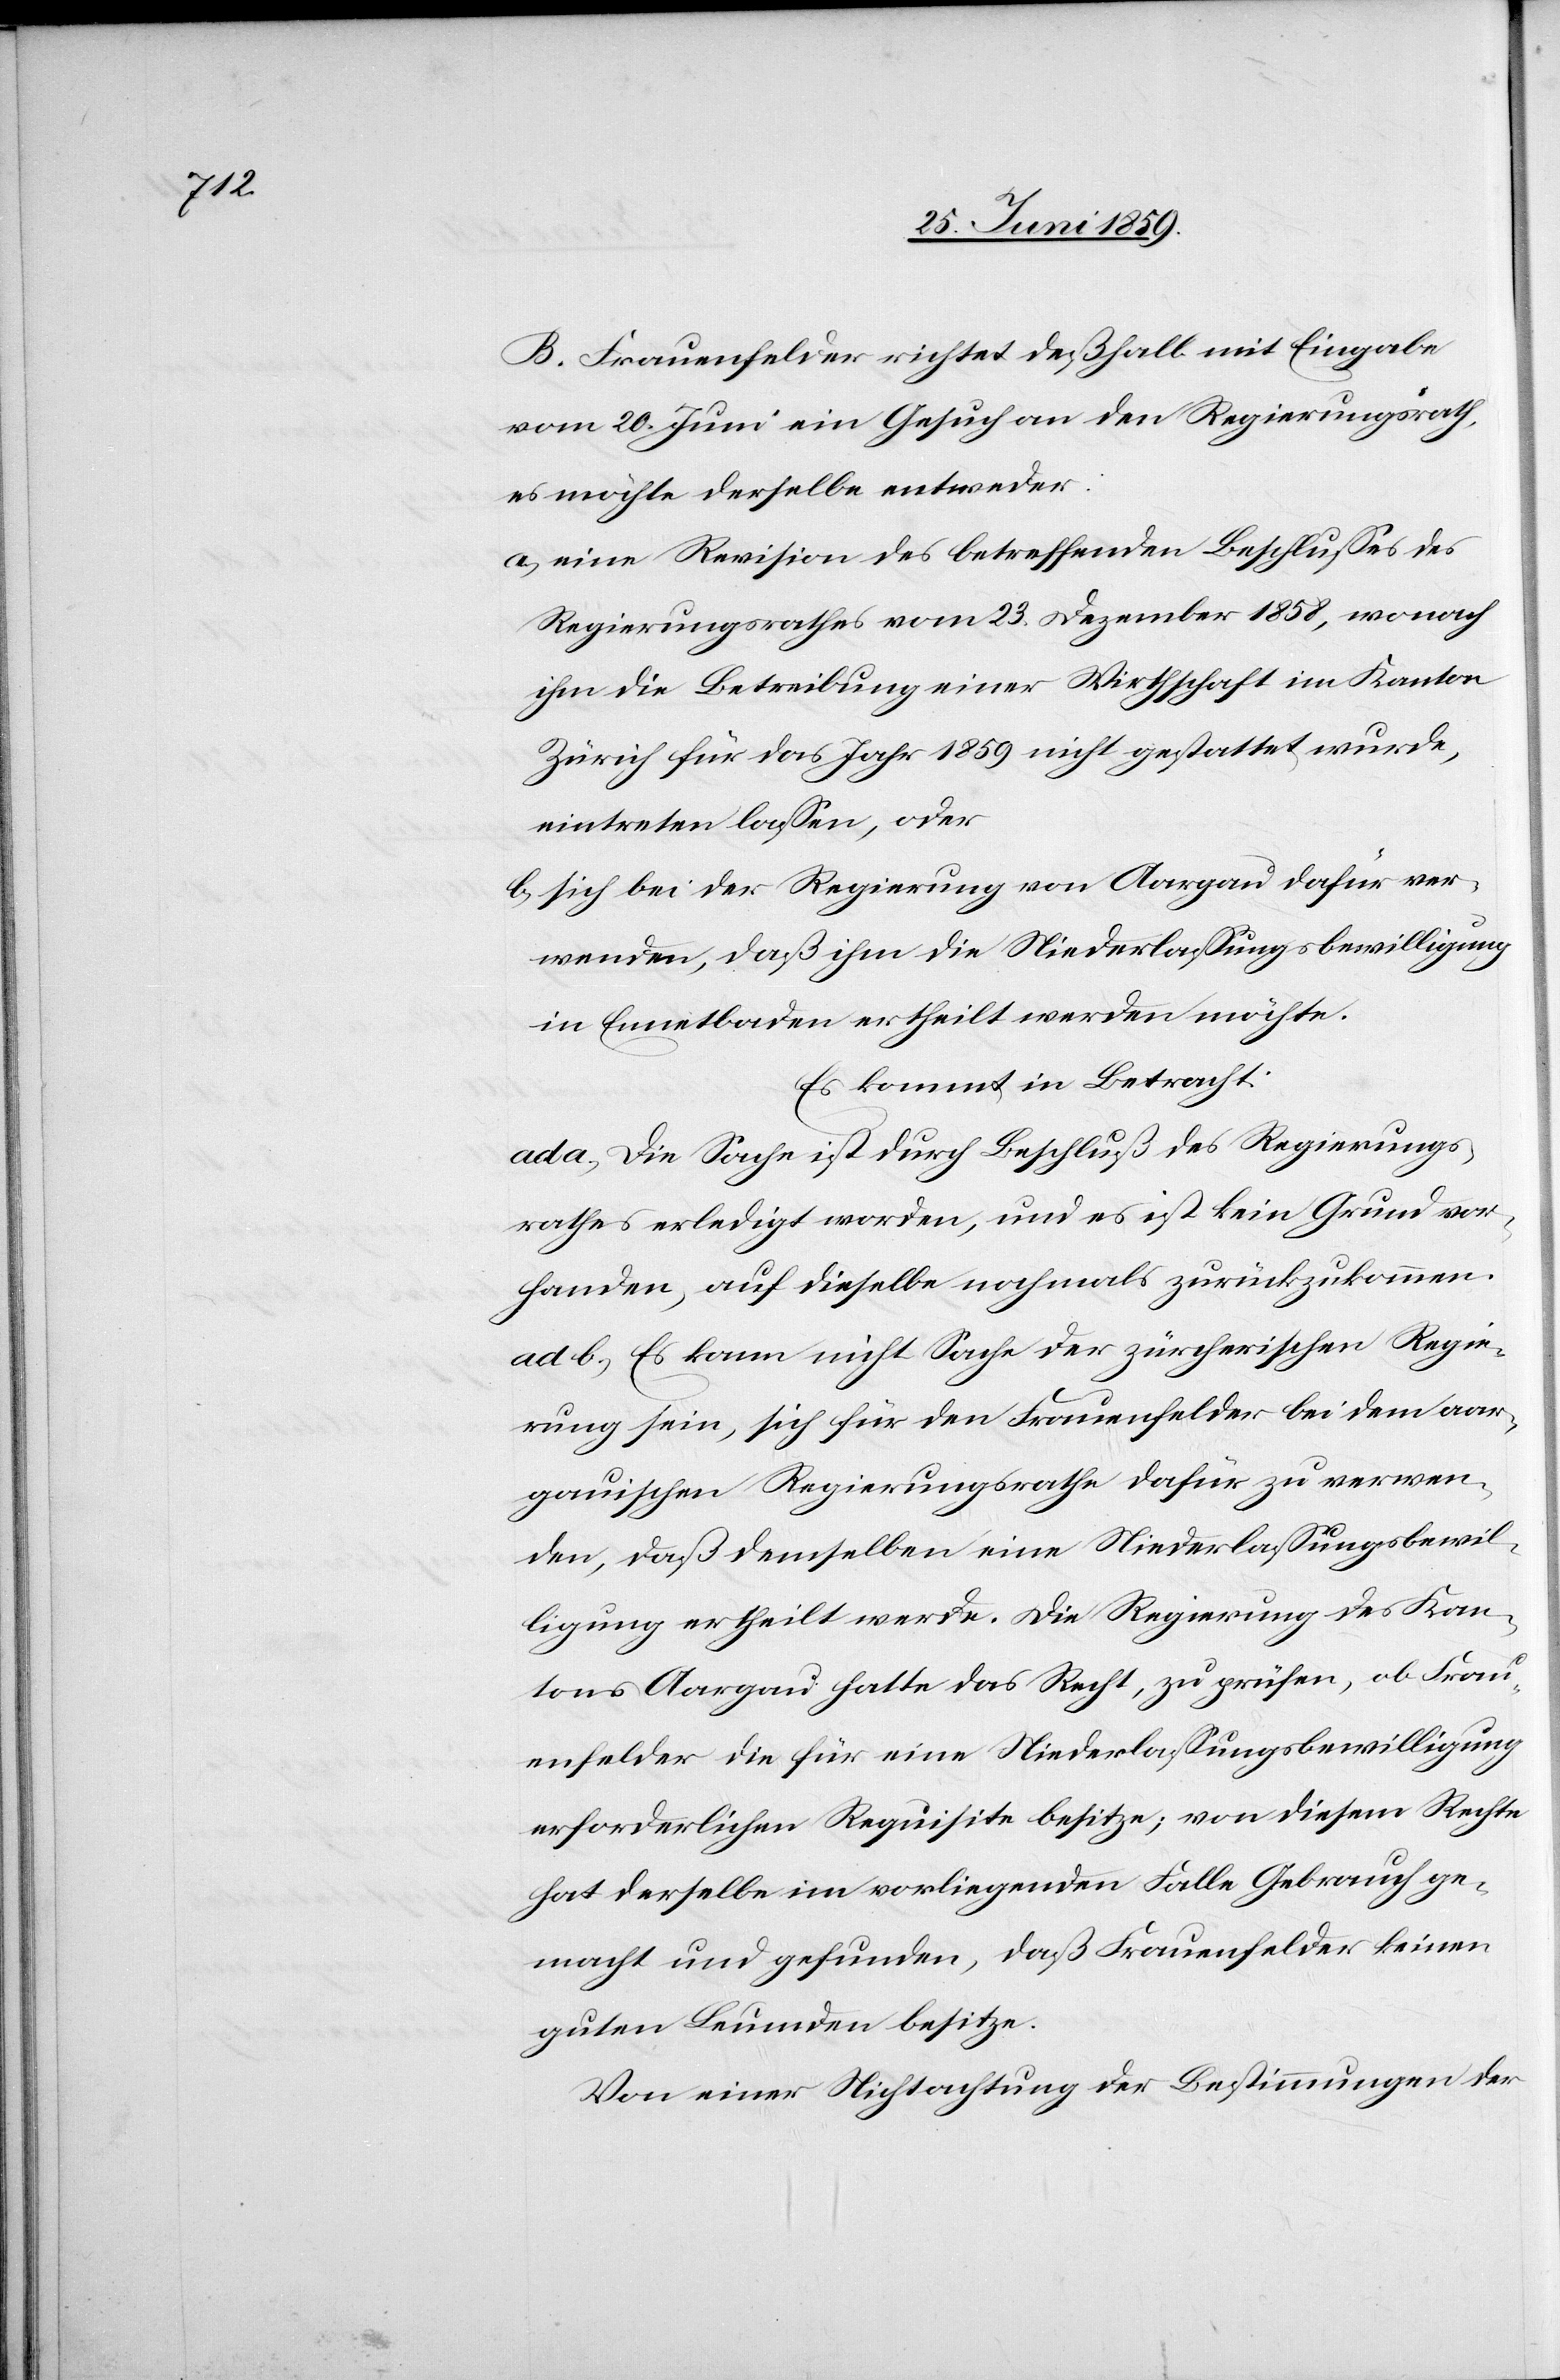
B. Frauenfelder richtet deßhalb mit Eingabe
vom 20. Juni ein Gesuch an den Regierungsrath,
es möchte derselbe entweder:
a) eine Revision des betreffenden Beschlusses des
Regierungsrathes vom 23. Dezember 1858, wonach
ihm die Betreibung einer Wirtschaft im Kanton
Zürich für das Jahr 1859 nicht gestattet wurde,
eintreten lassen, oder
b) sich bei der Regierung von Aargau dafür ver¬
wenden, daß ihm die Niederlassungsbewilligung
in Ennetbaden ertheilt werden möchte.
Es kommt in Betracht:
ad a, Die Sache ist durch Beschluß des Regierungs¬
rathes erledigt worden, und es ist kein Grund vor¬
handen, auf dieselbe nochmals zurückzukommen.
ad b, Es kann nicht Sache der zürcherischen Regie¬
rung sein, sich für den Frauenfelder bei dem aar¬
gauischen Regierungsrathe dafür zu verwen¬
den, daß demselben eine Niederlassungsbewil¬
ligung ertheilt werde. Die Regierung des Kan¬
tons Aargau hatte das Recht, zu prüfen, ob Frau¬
enfelder die für eine Niederlassungsbewilligung
erforderlichen Requisite besitze, von diesem Rechte
hat derselbe im vorliegenden Falle Gebrauch ge¬
macht und gefunden, daß Frauenfelder keinen
guten Leumden besitze.
Von einer Nichtachtung der Bestimmungen der